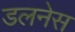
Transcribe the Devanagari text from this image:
डलनेस